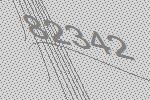
82342